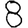
Digit: 8